Scottish Certificate of Education, 1962
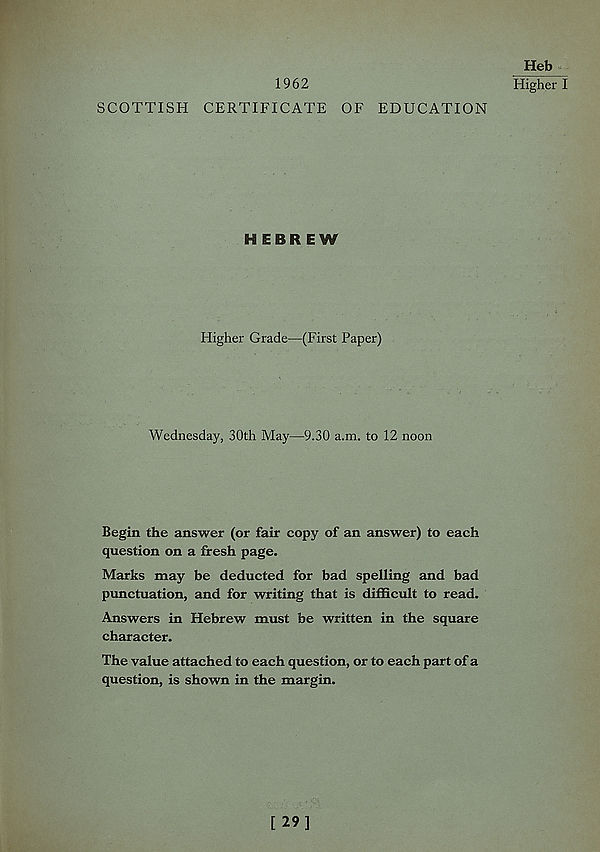
Heb
1962
Higher I
SCOTTISH CERTIFICATE OF EDUCATION
HEBREW
Higher Grade—(First Paper)
Wednesday, 30th May—9.30 a.m. to 12 noon
Begin the answer (or fair copy of an answer) to each
question on a fresh page.
Marks may be deducted for bad spelling and bad
punctuation, and for writing that is difficult to read.
Answers in Hebrew must be written in the square
character.
The value attached to each question, or to each part of a
question, is shown in the margin.
[29]